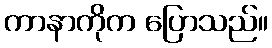
ကာနာကိုက ပြောသည်။